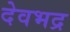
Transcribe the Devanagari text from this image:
देवभद्र